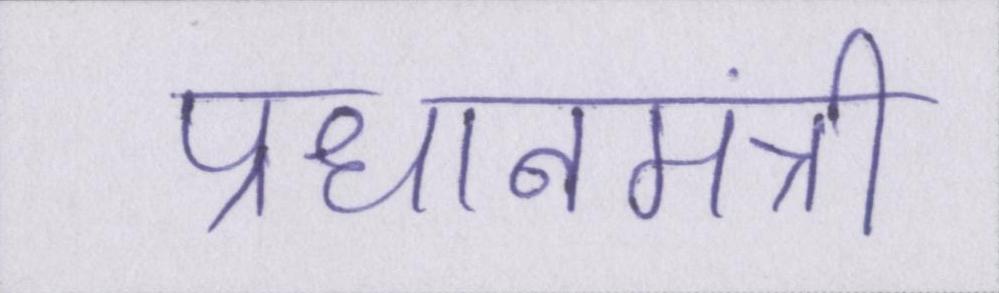
प्रधानमंत्री